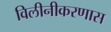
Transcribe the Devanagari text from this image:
विलीनीकरणास